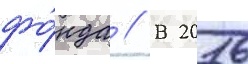
фо́нда // В 2016